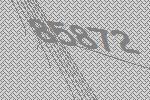
85872